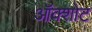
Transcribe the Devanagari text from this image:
ऑक्शोट